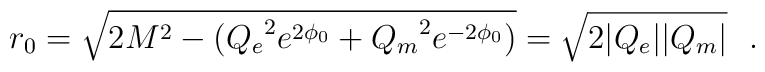
r_0 = \sqrt{2 M^2 -({Q_e}^2 e^{2\phi_0} + {Q_m}^2 e^{-2\phi_0})}=         \sqrt{2 |Q_e||Q_m|}~~.